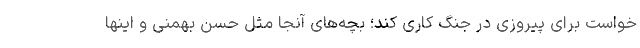
‌خواست برای پیروزی در جنگ کاری کند؛ بچه‌های آنجا مثل حسن بهمنی و اینها